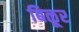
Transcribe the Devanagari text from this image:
बिळूर